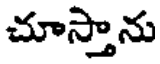
చూస్తాను